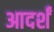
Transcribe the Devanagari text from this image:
आदर्शं